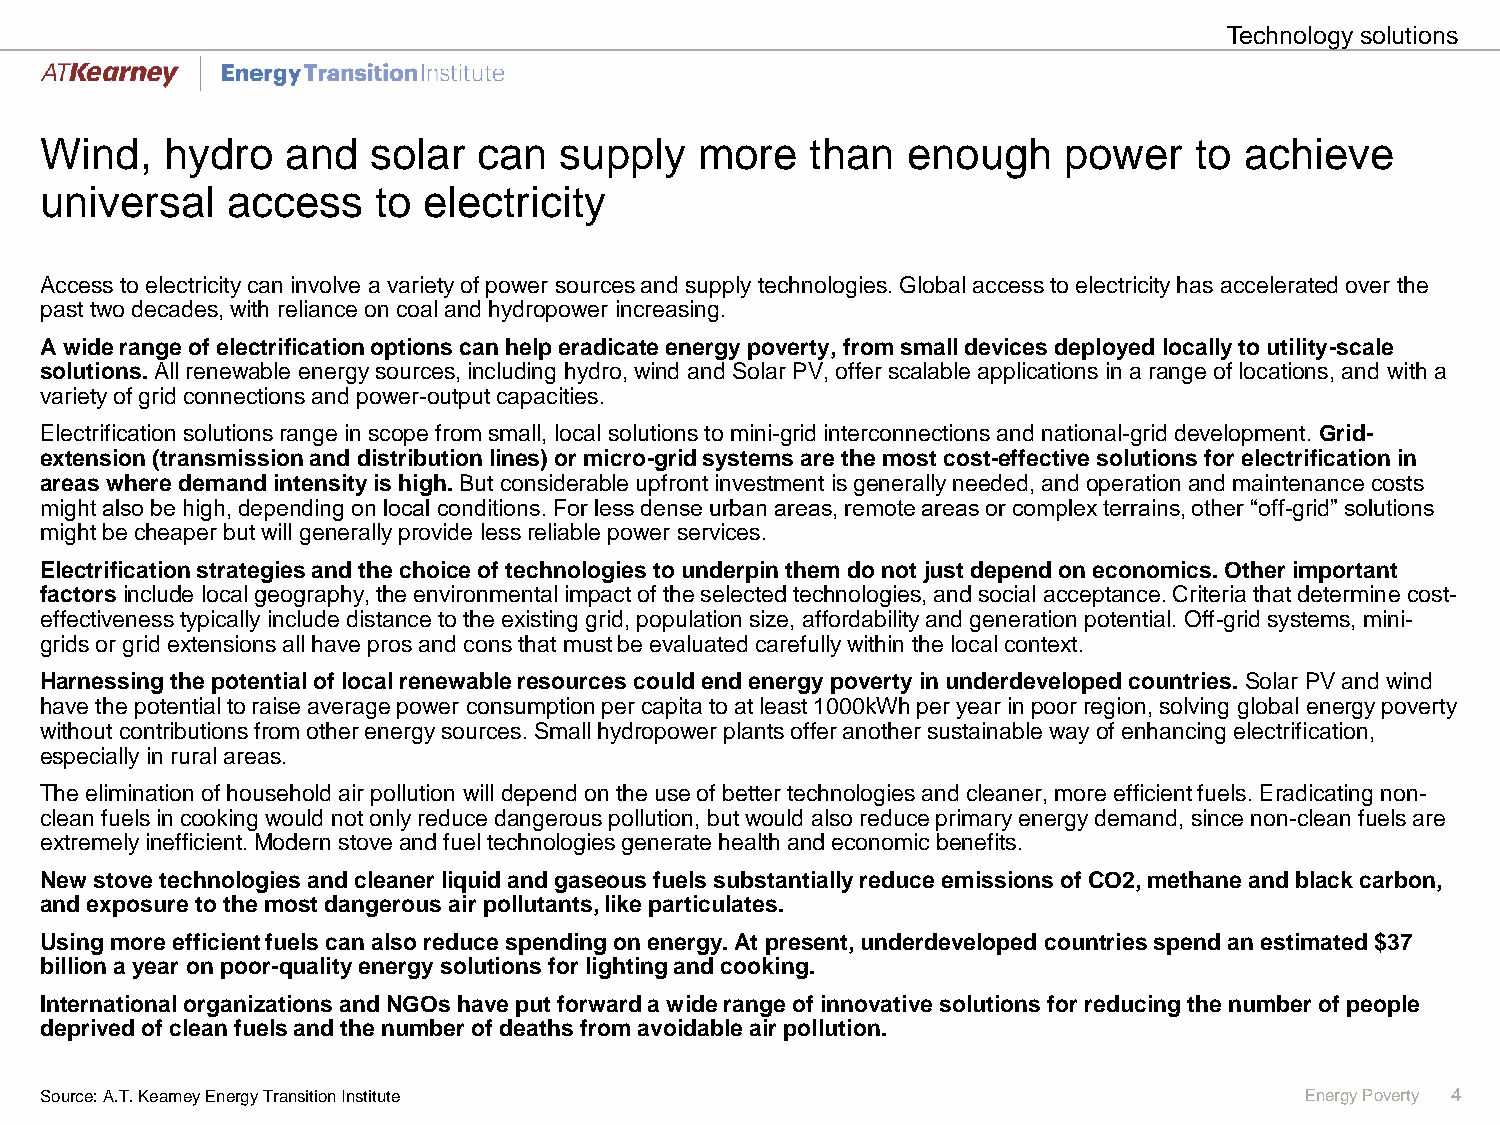
Technology solutions
 Wind,   hydro   and   solar  can  supply   more    than  enough    power    to achieve
 universal   access    to electricity
 Access to electricity can involve a variety of power sources and supply technologies. Global access to electricity has accelerated over the
 past two decades, with reliance on coal and hydropower increasing.
 A wide range of electrification options can help eradicate energy poverty, from small devices deployed locally to utility-scale
 solutions. All renewable energy sources, including hydro, wind and Solar PV, offer scalable applications in a range of locations, and with a
 variety of grid connections and power-output capacities.
 Electrification solutions range in scope from small, local solutions to mini-grid interconnections and national-grid development. Grid-
 extension (transmission and distribution lines) or micro-grid systems are the most cost-effective solutions for electrification in
 areas where demand intensity is high. But considerable upfront investment is generally needed, and operation and maintenance costs
 might also be high, depending on local conditions. For less dense urban areas, remote areas or complex terrains, other “off-grid” solutions
 might be cheaper but will generally provide less reliable power services.
 Electrification strategies and the choice of technologies to underpin them do not just depend on economics. Other important
 factors include local geography, the environmental impact of the selected technologies, and social acceptance. Criteria that determine cost-
 effectiveness typically include distance to the existing grid, population size, affordability and generation potential. Off-gridsystems, mini-
 grids or grid extensions all have pros and cons that must be evaluated carefully within the local context.
 Harnessing the potential of local renewable resources could end energy poverty in underdeveloped countries. Solar PV and wind
 have the potential to raise average power consumption per capita to at least 1000kWh per year in poor region, solving global energy poverty
 without contributions from other energy sources. Small hydropower plants offer another sustainable way of enhancing electrification,
 especially in rural areas.
 The elimination of household air pollution will depend on the use of better technologies and cleaner, more efficient fuels. Eradicating non-
 clean fuels in cooking would not only reduce dangerous pollution, but would also reduce primary energy demand, since non-clean fuels are
 extremely inefficient. Modern stove and fuel technologies generate health and economic benefits.
 New stove technologies and cleaner liquid and gaseous fuels substantially reduce emissions of CO2, methane and black carbon,
 and exposure to the most dangerous air pollutants, like particulates.
 Using more efficient fuels can also reduce spending on energy. At present, underdeveloped countries spend an estimated $37
 billion a year on poor-quality energy solutions for lighting and cooking.
 International organizations and NGOs have put forward a wide range of innovative solutions for reducing the number of people
 deprived of clean fuels and the number of deaths from avoidable air pollution.
 Source: A.T.Kearney Energy Transition Institute                                    Energy Poverty 4